Civil Veterinary Department. Madras. Admin. report 1926-33 - 1926-1933
Year: 1926
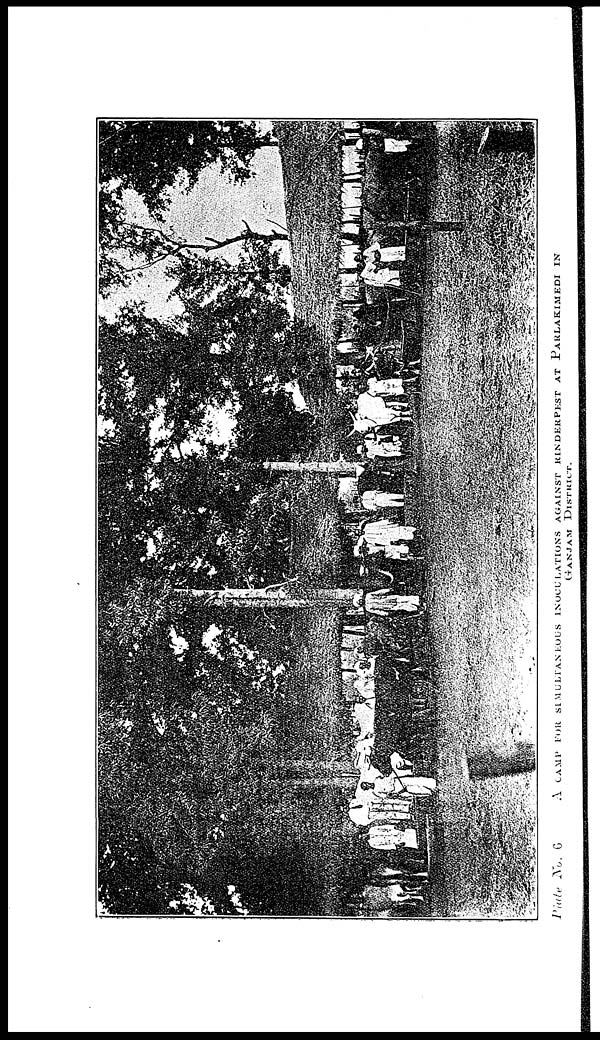
Plate
No. 6
A CAMP FOR SIMULTANEOUS INOCULATIONS AGAINST RINDERPEST AT PARLAKIAIEDI IN
GANJAM DISTRICT.